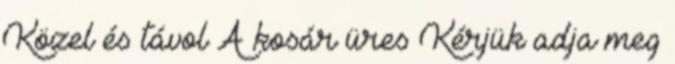
Közel és távol A kosár üres Kérjük adja meg